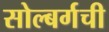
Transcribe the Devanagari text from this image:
सोल्बर्गची